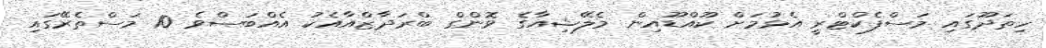
ހިތަދޫގައި މަސްފެކްޓްރީ އެޅުމަށް ކޫއްޑޫއިން މެލޭޝިއާގެ ވޮންގް ބްރަދާޒްއާއެކު އެއްބަސްވެ 10 މަސްތެރޭގައި